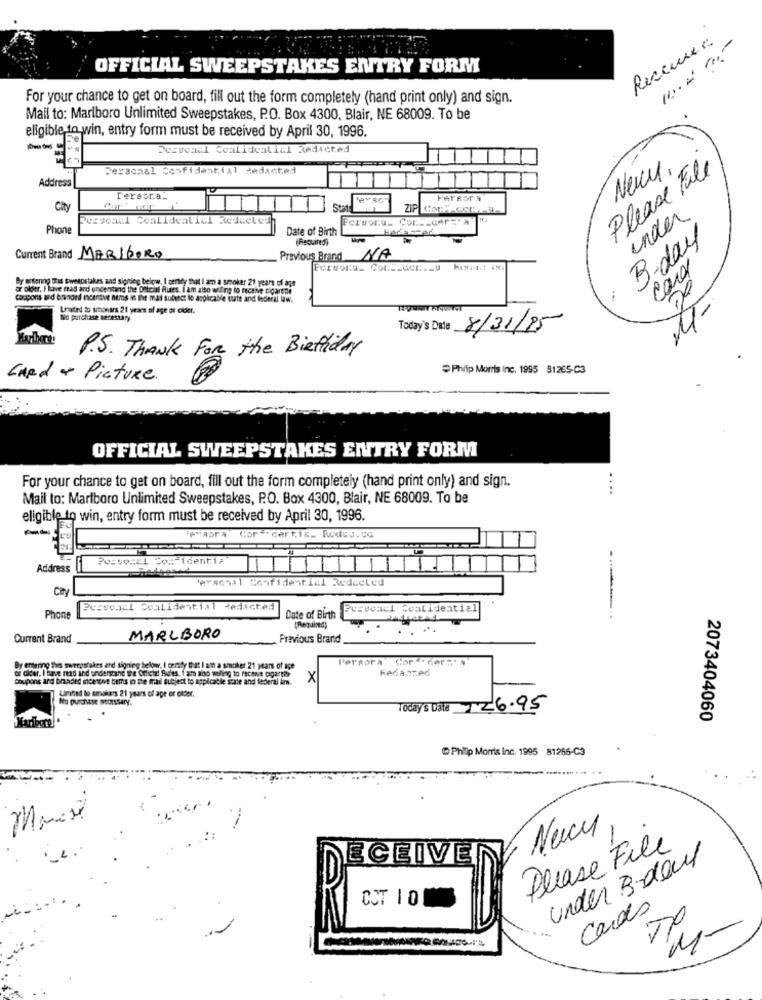
Receurer.
OFFICIAL SWEEPSTAKES ENTRY FORM
For your chance to get on board, fill out the form completely (hand print only) and sign.
Mail to: Marlboro Unlimited Sweepstakes, P.O. Box 4300, Blair, NE 68009. To be
eligible to win, entry form must be received by April 30, 1996.
Pervonul Cealidealial Redicted
Personal Confidential Redacted
Please File
Newy,
Address
Tereor.a.
FATROT A
City
ziel
Pervoacl Coalidealiel Reduetech
Forsoru_ Cons-cer="A
under
Phon
Date of Birth
(Required)
B-day
Current Brand MARLBORO
Previous Brand
NA
Forsora_ Cons-acc ._ 9
cara
By mitenng this sweepstakes and signing below, I ceridy that I am a smoker 21 years of age
or older. I have read and understand the Official Rules. I am also willing to receive cicarene
coupons and bionord incerave neis in the mall subnet lo applicable bitte and federal law.
United to sonars 21 years of age or cioet.
No purchase necessary.
Today's Date
8/31/25
P.S. THANK FOR the Biettiday
Philip Morris Inc. 1995 81265-C3
CARD or Picture.
OFFICIAL SWEEPSTAKES ENTRY FORM
...
For your chance to get on board, fill out the form completely (hand print only) and sign.
Mail to: Marlboro Unlimited Sweepstakes, P.O. Box 4300, Blair, NE 68009. To be
eligible to win, entry form must be received by April 30, 1996.
PM ROPA
Cor . dertig_ Rodas.50
Address
Personal Confidential Reducted
Cit
Personal Confidential Redacted
Pcrvonul Coalldential
Phone
Date of Birth
(Required)
Current Brand
MARLBORO
Previous Brand
Persora Cor - Ger -- a
of older. I have read and understand the Official Rules, I am also wiling to receive cagareth
By entering this sweepstakes and signing below, I certy that I am a smoker 21 years of age
Hedazzed
Coupons and branded incercoe tems in the mail subject to applicatie state and federal im.
X
Umtad lo smokers 21 years of age or cider.
No purchase moorssary.
Today's Date 126.95
2073404060
Philip Morris inc. 1995 81266-C3
Nucu
Please File
ECEIVE
under Bdauf
OCT 10
cado